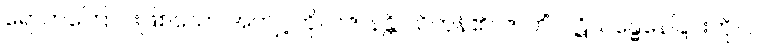
ရောက်ကြောင်းဖြစ်သော အကျင့်ကို။ ပဇာနန္တိ၊ သိကုန်၏။ ဇာတိံ၊ ပဋိသန္ဓေနေခြင်းကို။ ပ။